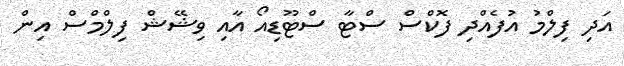
އަދި ފިލްމު އުފެއްދި ފޮކްސް ސްޓާ ސްޓޫޑިއޯ އާއި ވިޝޭޝް ފިލްމްސް އިން